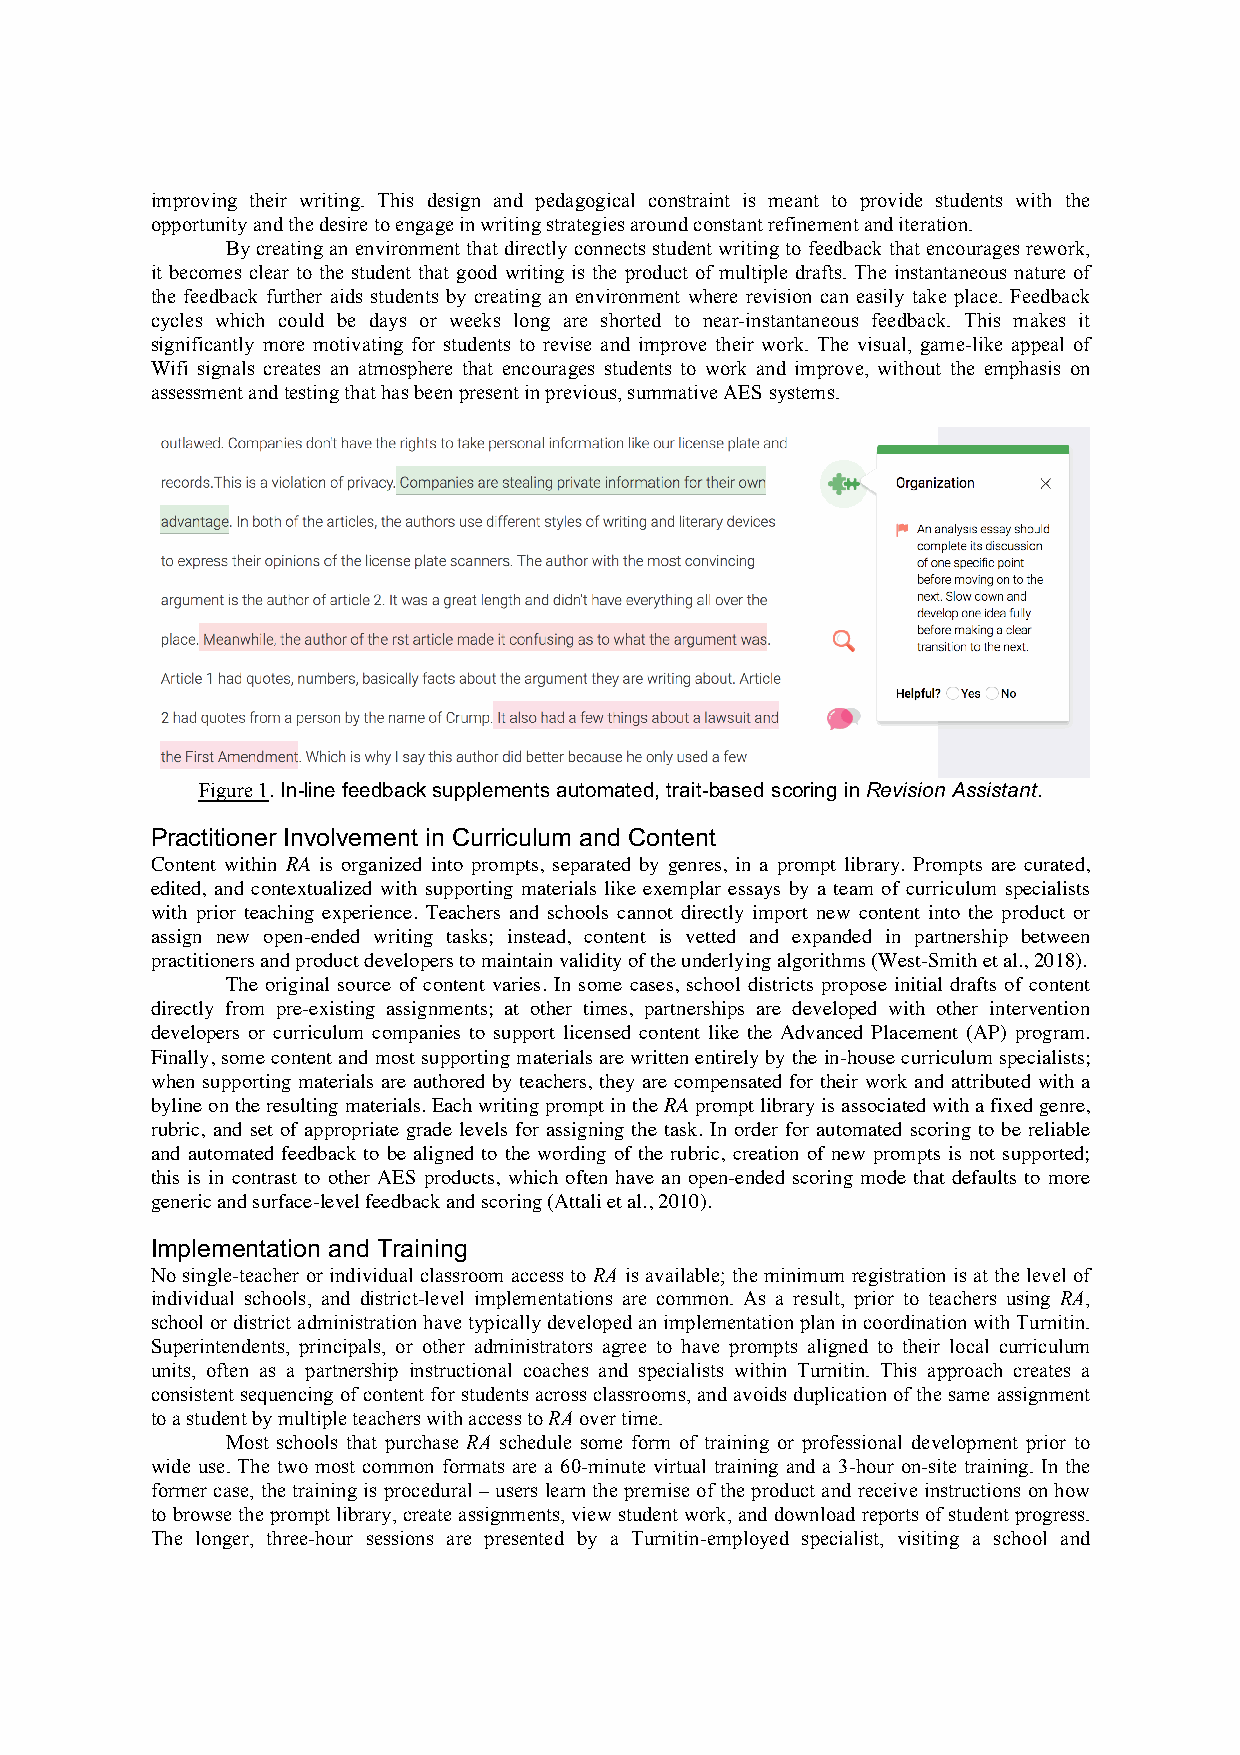
improving their writing. This design and pedagogical constraint is meant to provide students with the
 opportunity and the desire to engage in writing strategies around constant refinement and iteration.
 By creating an environment that directly connects student writing to feedback that encourages rework,
 it becomes clear to the student that good writing is the product of multiple drafts. The instantaneous nature of
 the feedback further aids students by creating an environment where revision can easily take place. Feedback
 cycles which could be days or weeks long are shorted to near-instantaneous feedback. This makes it
 significantly more motivating for students to revise and improve their work. The visual, game-like appeal of
 Wifi signals creates an atmosphere that encourages students to work and improve, without the emphasis on
 assessment and testing that has been present in previous, summative AES systems.
 Figure 1. In-line feedback supplements automated, trait-based scoring in Revision Assistant.
 Practitioner Involvement in Curriculum and Content
 Content within RA is organized into prompts, separated by genres, in a prompt library. Prompts are curated,
 edited, and contextualized with supporting materials like exemplar essays by a team of curriculum specialists
 with prior teaching experience. Teachers and schools cannot directly import new content into the product or
 assign new open-ended writing tasks; instead, content is vetted and expanded in partnership between
 practitioners and product developers to maintain validity of the underlying algorithms (West-Smith et al., 2018).
 The original source of content varies. In some cases, school districts propose initial drafts of content
 directly from pre-existing assignments; at other times, partnerships are developed with other intervention
 developers or curriculum companies to support licensed content like the Advanced Placement (AP) program.
 Finally, some content and most supporting materials are written entirely by the in-house curriculum specialists;
 when supporting materials are authored by teachers, they are compensated for their work and attributed with a
 byline on the resulting materials. Each writing prompt in the RA prompt library is associated with a fixed genre,
 rubric, and set of appropriate grade levels for assigning the task. In order for automated scoring to be reliable
 and automated feedback to be aligned to the wording of the rubric, creation of new prompts is not supported;
 this is in contrast to other AES products, which often have an open-ended scoring mode that defaults to more
 generic and surface-level feedback and scoring (Attali et al., 2010).
 Implementation and Training
 No single-teacher or individual classroom access to RA is available; the minimum registration is at the level of
 individual schools, and district-level implementations are common. As a result, prior to teachers using RA,
 school or district administration have typically developed an implementation plan in coordination with Turnitin.
 Superintendents, principals, or other administrators agree to have prompts aligned to their local curriculum
 units, often as a partnership instructional coaches and specialists within Turnitin. This approach creates a
 consistent sequencing of content for students across classrooms, and avoids duplication of the same assignment
 to a student by multiple teachers with access to RA over time.
 Most schools that purchase RA schedule some form of training or professional development prior to
 wide use. The two most common formats are a 60-minute virtual training and a 3-hour on-site training. In the
 former case, the training is procedural – users learn the premise of the product and receive instructions on how
 to browse the prompt library, create assignments, view student work, and download reports of student progress.
 The longer, three-hour sessions are presented by a Turnitin-employed specialist, visiting a school and